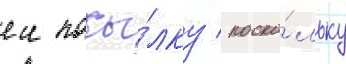
еи посы́лку / поско́льку